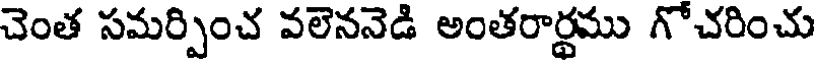
చెంత సమర్పించ వలెననెడి అంతరార్థము గోచరించు